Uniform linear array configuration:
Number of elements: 16
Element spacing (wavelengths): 0.5
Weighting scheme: kaiser
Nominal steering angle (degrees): -15
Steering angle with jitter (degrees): -16.091
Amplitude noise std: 0.05
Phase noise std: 0.05

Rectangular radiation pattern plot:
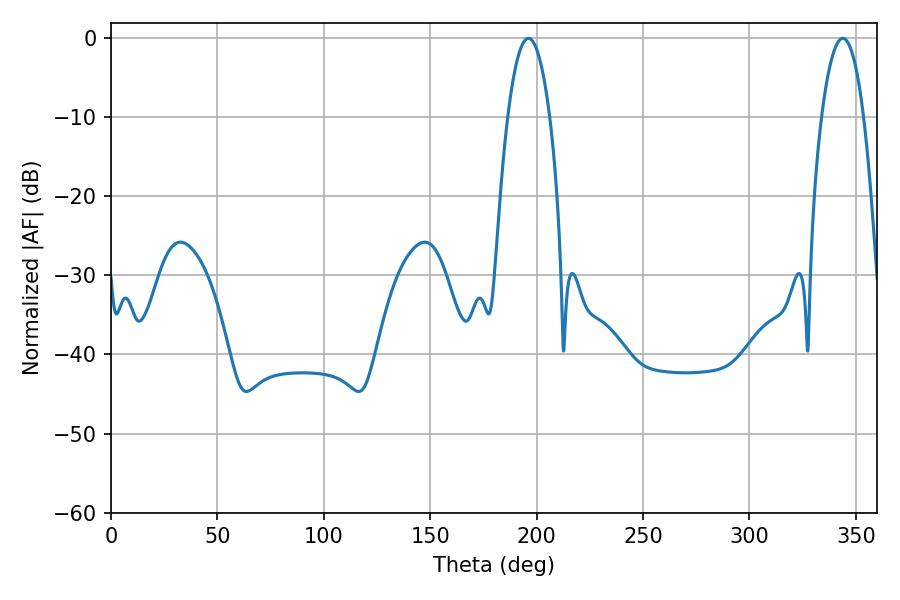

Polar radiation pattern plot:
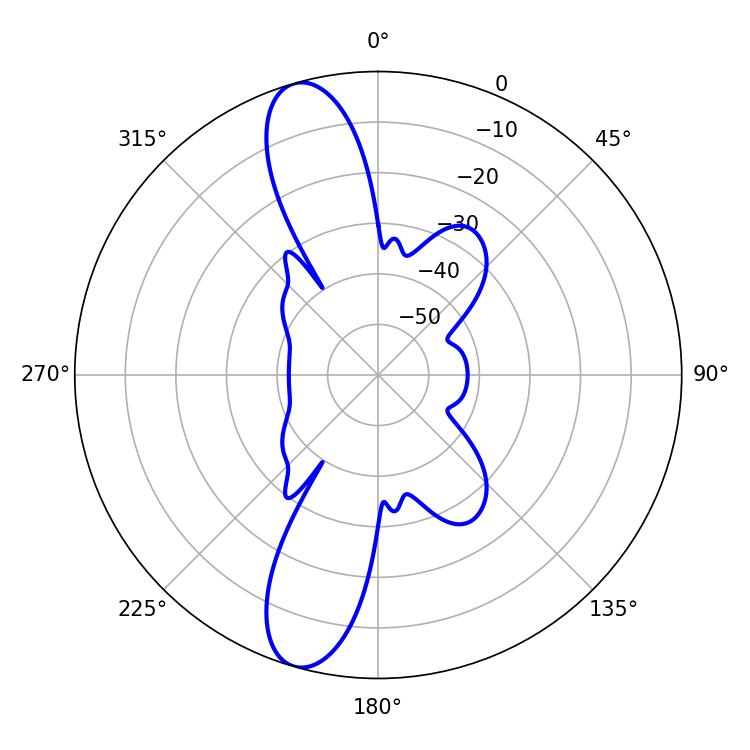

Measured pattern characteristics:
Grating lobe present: FALSE
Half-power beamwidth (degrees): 10.98
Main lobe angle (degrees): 343.8